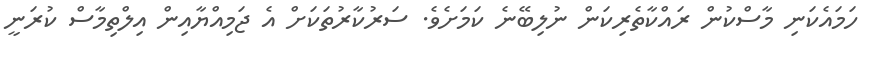
ހަމައެކަނި މާސްކުން ރައްކާތެރިކަން ނުލިބޭނެ ކަމަށެވެ. ސަރުކާރުތަކަށް އެ ޖަމިއްޔާއިން އިލްތިމާސް ކުރަނީ